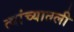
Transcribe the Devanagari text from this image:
त्यांच्यातली